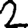
Digit: 2